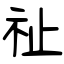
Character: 祉